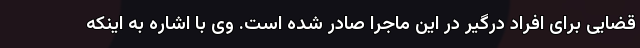
قضایی برای افراد درگیر در این ماجرا صادر شده است. وی با اشاره به اینکه